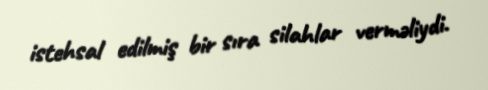
istehsal edilmiş bir sıra silahlar verməliydi.